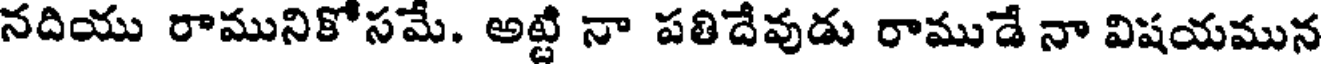
నదియు రామునికోసమే. అట్టి నా పతిదేవుడు రాముడే నా విషయమున